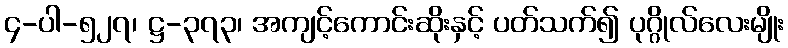
၄-ပါ-၅၂၇၊ ဋ္ဌ-၃၇၃၊ အကျင့်ကောင်းဆိုးနှင့် ပတ်သက်၍ ပုဂ္ဂိုလ်လေးမျိုး